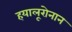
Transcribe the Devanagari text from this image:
हयालूरोनान